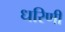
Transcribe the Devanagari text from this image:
धरिणी